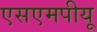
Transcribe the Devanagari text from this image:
एसएमपीयू